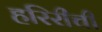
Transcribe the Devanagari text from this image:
हरिरीची